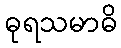
ဓုရသမာဓိ